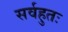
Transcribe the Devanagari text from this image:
सर्वहुतः